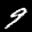
Digit: 9